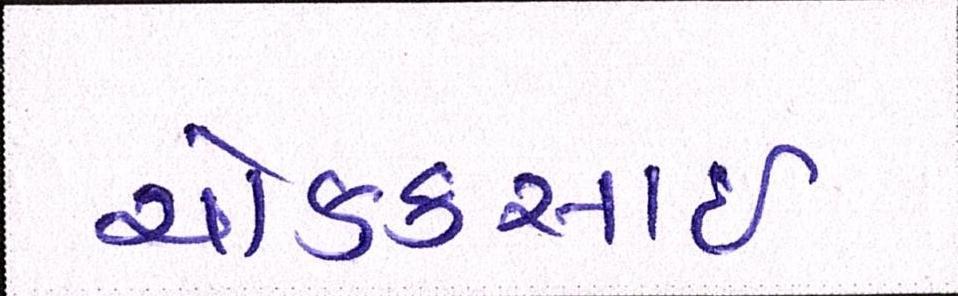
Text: ચોક્કચાઇ